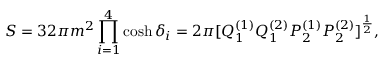
S = 3 2 \pi m ^ { 2 } \prod _ { i = 1 } ^ { 4 } \cosh \delta _ { i } = 2 \pi [ Q _ { 1 } ^ { ( 1 ) } Q _ { 1 } ^ { ( 2 ) } P _ { 2 } ^ { ( 1 ) } P _ { 2 } ^ { ( 2 ) } ] ^ { \frac { 1 } { 2 } } ,